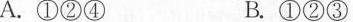
A.①②④ B.①②③